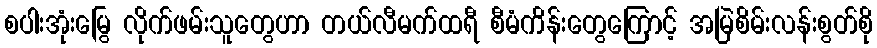
စပါးအုံးမြွေ လိုက်ဖမ်းသူတွေဟာ တယ်လီမက်ထရီ စီမံကိန်းတွေကြောင့် အမြဲစိမ်းလန်းစွတ်စို